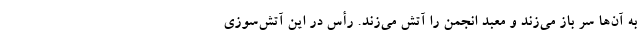
به آن‌ها سر باز می‌زند و معبد انجمن را آتش می‌زند. رأس در این آتش‌سوزی